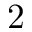
2